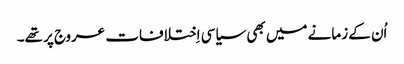
‏ اُن کے زمانے میں بھی سیاسی اِختلافات عروج پر تھے۔